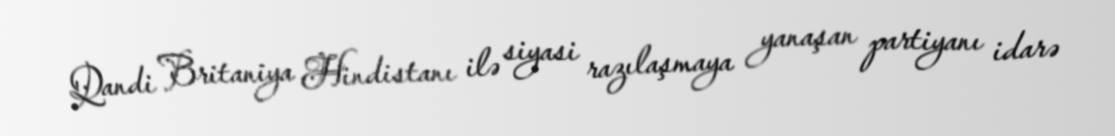
Qandi Britaniya Hindistanı ilə siyasi razılaşmaya yanaşan partiyanı idarə